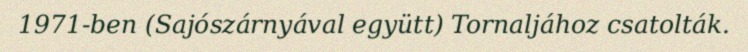
1971-ben (Sajószárnyával együtt) Tornaljához csatolták.